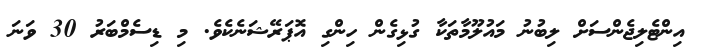
އިންޓެލިޖެންސަށް ލިބުނު މައުލޫމާތަކާ ގުޅިގެން ހިންގި އޮޕަރޭޝަނެކެވެ. މި ޑިސެމްބަރު 30 ވަނަ